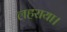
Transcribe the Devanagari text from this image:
लहराया।